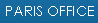
PARIS OFFICE